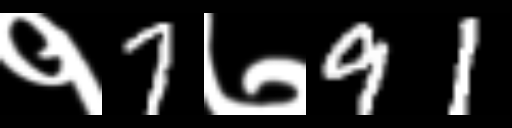
Text: १7७91